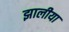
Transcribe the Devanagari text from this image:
झालीया